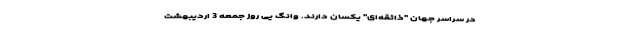
در سراسر جهان "ذائقه‌ای" یکسان دارند. وانگ یی روز جمعه 3 اردیبهشت